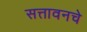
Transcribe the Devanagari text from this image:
सत्तावनचे